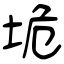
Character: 垝